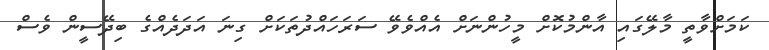
ކަމަށްވާތީ މާލޭގައި އާންމުކޮށް މީހުންނަށް އެއްވެވޭ ސަރަހައްދުތަކަށް ގިނަ އަދަދެއްގެ ބިދޭސީން ވެސް